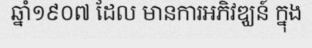
ឆ្នាំ១៩០៧ ដែល មានការអភិវឌ្ឃន៍ ក្នុង